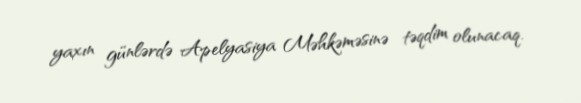
yaxın günlərdə Apelyasiya Məhkəməsinə təqdim olunacaq.